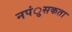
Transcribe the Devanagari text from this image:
नपंुसकता